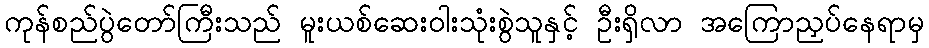
ကုန်စည်ပွဲတော်ကြီးသည် မူးယစ်ဆေးဝါးသုံးစွဲသူနှင့် ဦးရှိလာ အကြောညှပ်နေရာမှ